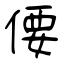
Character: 偠